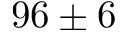
9 6 \pm 6